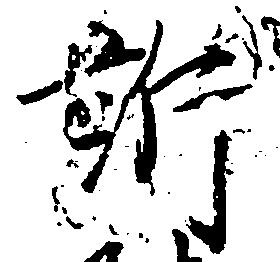
訴